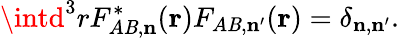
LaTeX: \intd^{3}rF_{A\mathit{B},{\mathbf{n}}}^{\ast}({\mathbf{r}})F_{A\mathit{B},{\mathbf{n}}^{\prime}}({\mathbf{r}})=\delta_{{\mathbf{n}},{\mathbf{n}}^{\prime}}.